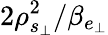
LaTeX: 2\rho_{s_{\perp}}^{2}/\beta_{e_{\perp}}